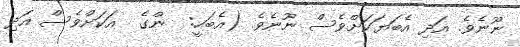
ނޫނެވެ. އަދި އެބަޔަކަށްވެސް ނޫނެވެ. (އެބަހީ:  ންގެ  އަކަށްވެސް އަދި